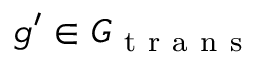
g ^ { \prime } \in G _ { \mathrm { ~ t ~ r ~ a ~ n ~ s ~ } }